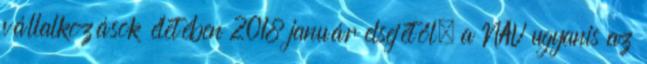
vállalkozások életében 2018 január elsejétől, a NAV ugyanis az